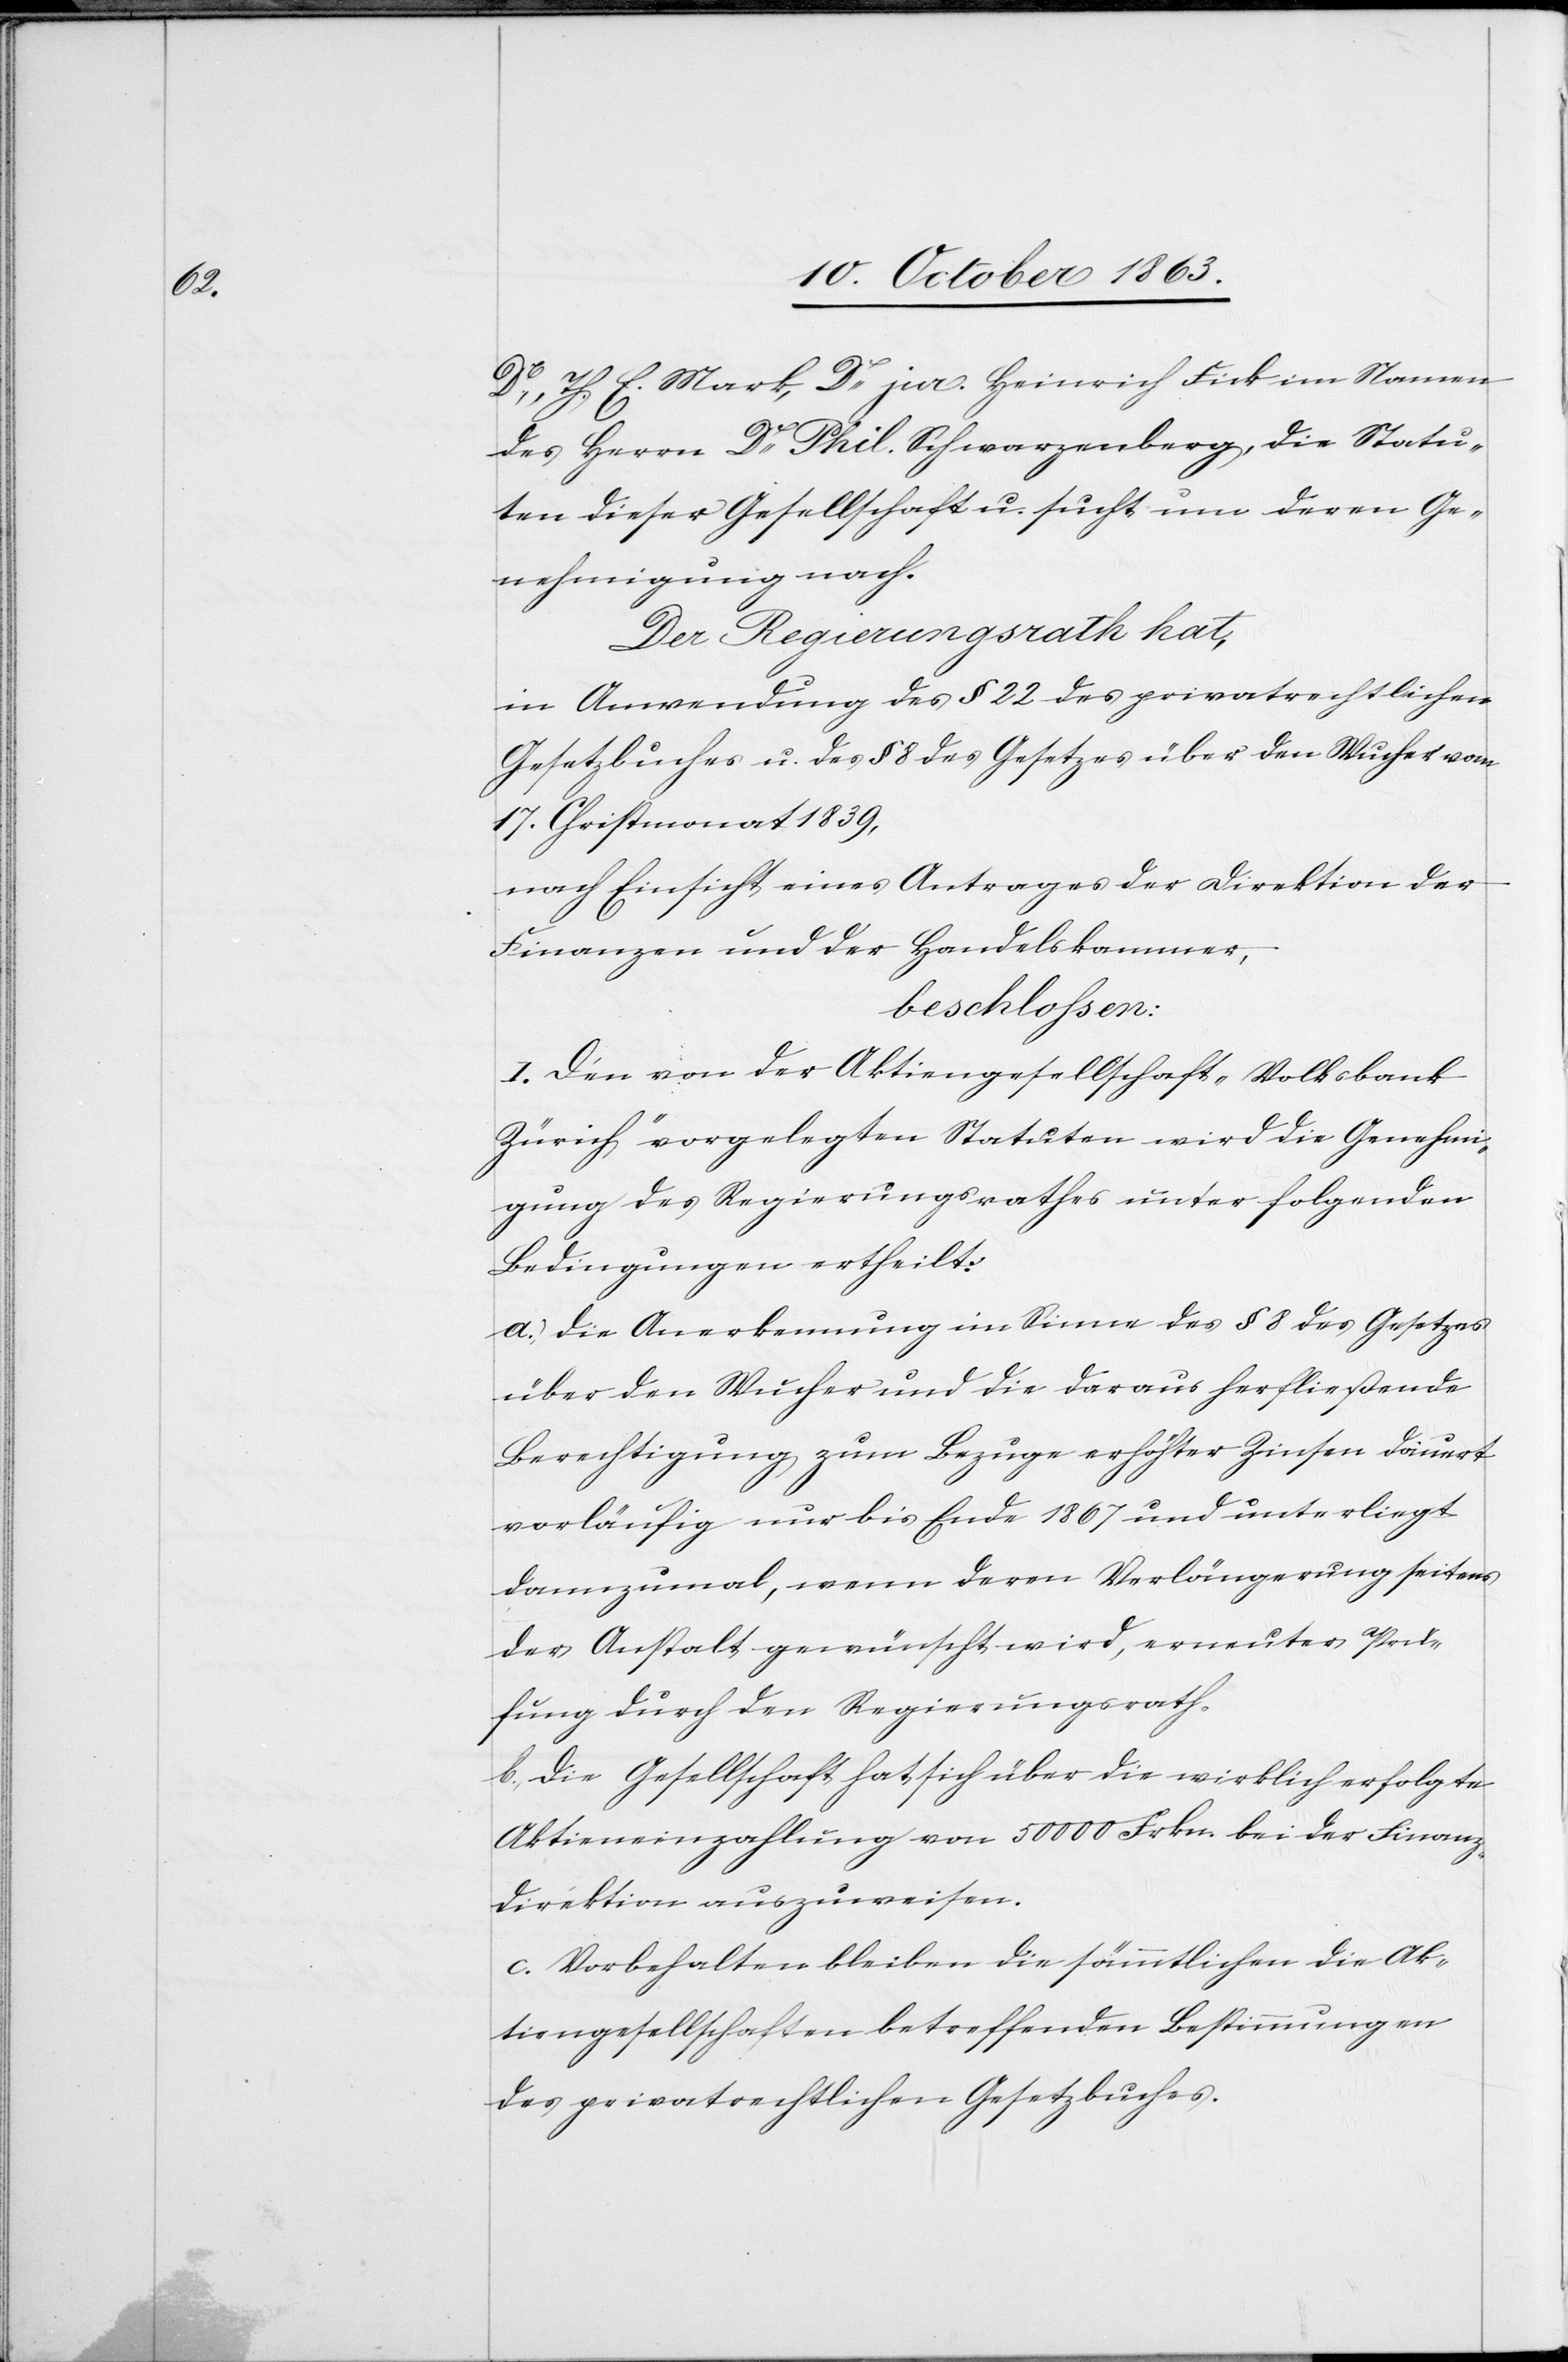
Dr, Th. E. Mark, Dr jur. Heinrich Fick im Namen
des Herrn Dr Phil. Schwarzenberg, die Statu¬
ten dieser Gesellschaft u. sucht um deren Ge¬
nehmigung nach.
Der Regierungsrath hat,
in Anwendung des § 22 des privatrechtlichen
Gesetzbuches u. des § 8 des Gesetzes über den Wucher vom
17. Christmonat 1839,
nach Einsicht eines Antrages der Direktion der
Finanzen und der Handelskammer,
beschlossen:
I. Den von der Aktiengesellschaft „Volksbank
Zürich“ vorgelegten Statuten wird die Genehmi¬
gung des Regierungsrathes unter folgenden
Bedingungen ertheilt:
a.) die Anerkennung im Sinne des § 8 des Gesetzes
über den Wucher und die daraus herfließende
Berechtigung zum Bezuge erhöhter Zinsen dauert
vorläufig nur bis Ende 1867 und unterliegt
dannzumal, wenn deren Verlängerung seitens
der Anstalt gewünscht wird, erneuter Prü¬
fung durch den Regierungsrath.
b.) die Gesellschaft hat sich über die wirklich erfolgte
Aktieneinzahlung von 50 000 Frkn. bei der Finanz¬
direktion auszuweisen.
c.) Vorbehalten bleiben die sämmtlichen die Ak¬
tiengesellschaften betreffenden Bestimmungen
des privatrechtlichen Gesetzbuches.